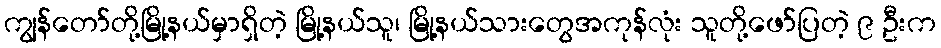
ကျွန်တော်တို့မြို့နယ်မှာရှိတဲ့ မြို့နယ်သူ၊ မြို့နယ်သားတွေအကုန်လုံး သူတို့ဖော်ပြတဲ့ ၉ ဦးက